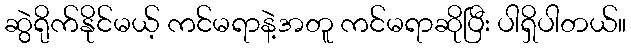
ဆွဲရိုက်နိုင်မယ့် ကင်မရာနဲ့အတူ ကင်မရာဆိုပြီး ပါရှိပါတယ်။